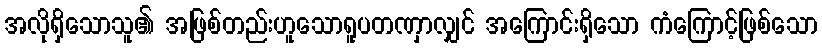
အလိုရှိသောသူ၏ အဖြစ်တည်းဟူသောရူပတဏှာလျှင် အကြောင်းရှိသော ကံကြောင့်ဖြစ်သော